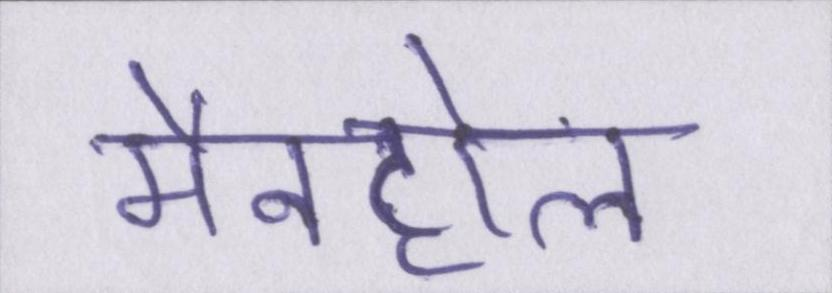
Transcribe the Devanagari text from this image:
मैनहोल